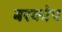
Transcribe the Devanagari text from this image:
बरकोप